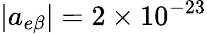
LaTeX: |a_{e\beta}|=2\times 10^{-23}